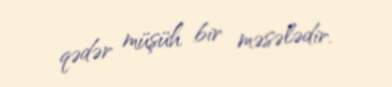
qədər müşüh bir məsələdir.